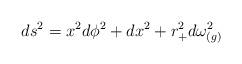
LaTeX: \begin{align*}ds^2=x^2d\phi^2+dx^2+r^2_+d\omega^2_{(g)}\end{align*}